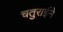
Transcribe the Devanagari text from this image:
चतुराईने